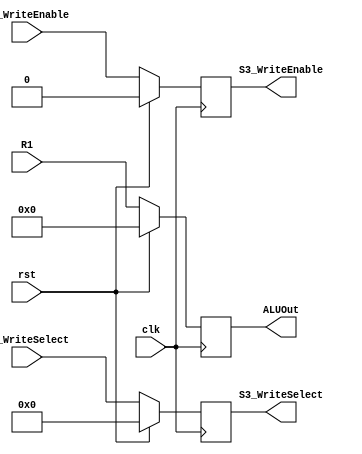
`timescale 1ns / 1ps
//////////////////////////////////////////////////////////////////////////////////
// Company: 
// Engineer: 
// 
// Design Name: 
// Module Name: S3_Register
// Project Name: 
// Target Devices: 
// Tool Versions: 
// Description: 
// 
// Dependencies: 
// 
// Revision:
// Revision 0.01 - File Created
// Additional Comments:
// 
//////////////////////////////////////////////////////////////////////////////////


module S3_Register(
    input rst, 
    input clk,
    input [31:0]R1,
    input [4:0]S2_WriteSelect,
    input S2_WriteEnable, 
    output reg [31:0] ALUOut,
    output reg [4:0] S3_WriteSelect,
	output reg S3_WriteEnable
    );
    
    always@(posedge clk)
		begin
		if (rst) begin
			ALUOut <= 32'b0;
			S3_WriteSelect <= 5'd0;
			S3_WriteEnable <= 1'b0;
			end
		else begin
			ALUOut <= R1; 
			S3_WriteSelect <= S2_WriteSelect;
			S3_WriteEnable <= S2_WriteEnable;
			end
		end

endmodule